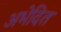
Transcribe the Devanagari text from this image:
अभेदित